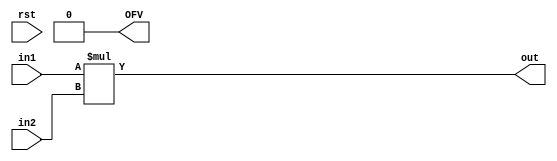
`timescale 1ns / 1ps
//////////////////////////////////////////////////////////////////////////////////
// Company: 
// Engineer: 
// 
// Design Name: 
// Module Name: Fp_mult
// Project Name: 
// Target Devices: 
// Tool Versions: 
// Description: 
// 
// Dependencies: 
// 
// Revision:
// Revision 0.01 - File Created
// Additional Comments:
// 
//////////////////////////////////////////////////////////////////////////////////


module Fp_mult#(parameter WI1 =4 ,WF1 =4, WI2 =4 , WF2=4, WI0 =8 , WF0=8 )(
    input rst,  //clk not needed
    input signed [WI1+WF1-1:0] in1,
    input signed [WI2+WF2-1:0] in2,
    output reg signed [WI0+WF0-1:0] out,
    output reg OFV
    );
               
                //calcuate as int
                 //determine where . should be?
                 //base on output parameter truncate or extend

    reg signed [WI1+WI2+WF1+WF2-1:0] outT; //correct full value
    reg signed [WI0-1:0] Iwire0;
    reg  [WF0-1:0] Fwire0;  //be signed?
    reg  signed [WI1+WI2-1:0] Iwire;
    reg  [WF1+WF2-1:0] Fwire;   //be signed?
   
  
     
    
    always@* begin  
        OFV=0;
      outT = in1*in2;       
         
  
       if(rst) outT = 0;
       else   {Iwire,Fwire}= outT; 
    
    
    
      
             
         if(WF0 < (WF1 +WF2) ) begin
          
             Fwire0=  Fwire[WF1+WF2-1:(WF1 +WF2)-WF0];   //take most sig bits from FR
             
        end  
        
        
          if(WF0 > (WF1 +WF2) ) begin
            Fwire0=  {Fwire,{(WF0-(WF1+WF2)){1'b0}}};  //extend 0s
        end 
        
          if(WI0 < (WI1 +WI2) ) begin
        Iwire0 = Iwire; 
            if(Iwire0 != Iwire)   //if not equal there is over flow
            OFV =1'b1;
              
        end 
            
        
          if(WI0 > (WI1 +WI2) ) begin
        
        Iwire0 = {{(WI0-(WI1+WI2)){outT[WI1+WI2+WF1+WF2-1:0]}},Iwire};    //sign extended
              
        end 
        
          if(WF0 == (WF1 +WF2) ) begin
            Fwire0=  Fwire;
              
        end 
        
          if(WI0 == (WI1 +WI2) ) begin
             Iwire0 = Iwire;                  //equal no issue
              
        end   
             
         out = {Iwire0,Fwire0[WF0-1:0]};
      //need to check for OFV compare out value with 
       
   end    
endmodule